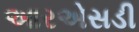
આરએસડી